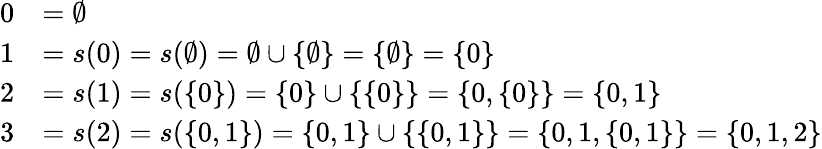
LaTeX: {\begin{array}{rl}{0}&{=\emptyset}\\ {1}&{=s(0)=s(\emptyset)=\emptyset\cup\{ \emptyset\} =\{ \emptyset\} =\{ 0\} }\\ {2}&{=s(1)=s(\{ 0\} )=\{ 0\} \cup\{ \{ 0\} \} =\{ 0,\{ 0\} \} =\{ 0,1\} }\\ {3}&{=s(2)=s(\{ 0,1\} )=\{ 0,1\} \cup\{ \{ 0,1\} \} =\{ 0,1,\{ 0,1\} \} =\{ 0,1,2\} }\end{array}}